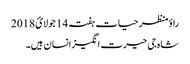
راؤ منظر حیات ہفتہ 14 جولائ 2018
شاہ جی حیرت انگیزانسان ہیں۔